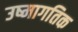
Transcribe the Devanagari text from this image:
उष्मागतिक